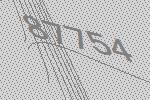
87754